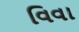
વિવા